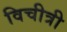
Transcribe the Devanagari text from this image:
विचीत्री